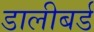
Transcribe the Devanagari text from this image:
डालीबर्ड